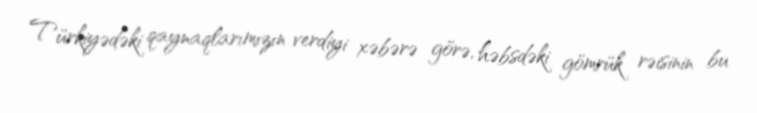
Türkiyədəki qaynaqlarımızın verdiyi xəbərə görə, həbsdəki gömrük rəisinin bu